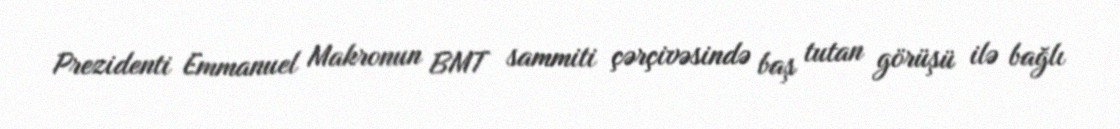
Prezidenti Emmanuel Makronun BMT sammiti çərçivəsində baş tutan görüşü ilə bağlı